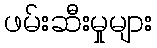
ဖမ်းဆီးမှုများ